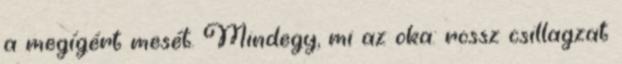
a megígért mesét. Mindegy, mi az oka: rossz csillagzat